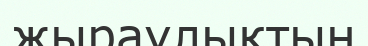
жыраулықтың